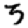
Digit: 3